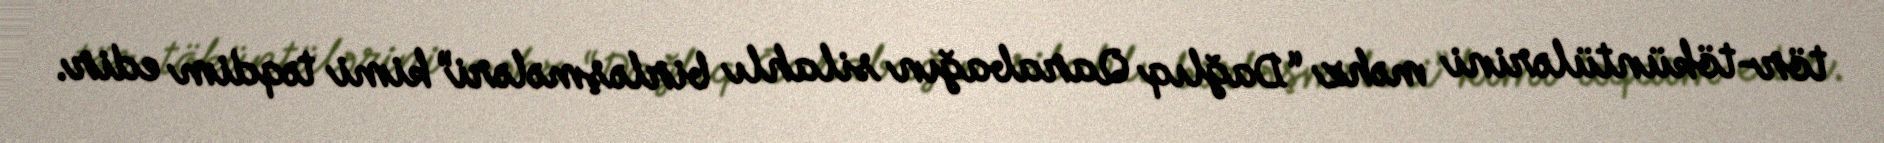
tör-töküntülərini məhz “Dağlıq Qarabağın silahlı birləşmələri” kimi təqdim edir.